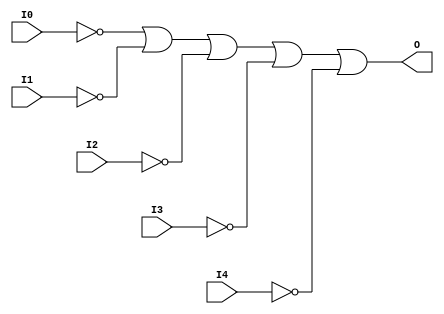
module OR5B5 (O, I0, I1, I2, I3, I4);

    output O;

    input  I0, I1, I2, I3, I4;

    wire i0_inv;
    wire i1_inv;
    wire i2_inv;
    wire i3_inv;
    wire i4_inv;

    not N4 (i4_inv, I4);
    not N3 (i3_inv, I3);
    not N2 (i2_inv, I2);
    not N1 (i1_inv, I1);
    not N0 (i0_inv, I0);
    or O1 (O, i0_inv, i1_inv, i2_inv, i3_inv, i4_inv);


endmodule